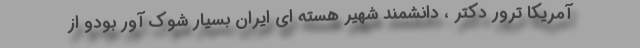
آمریکا ترور دکتر ، دانشمند شهیر هسته ای ایران بسیار شوک آور بودو از